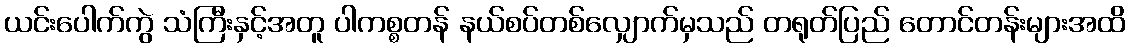
ယင်းပေါက်ကွဲ သံကြီးနှင့်အတူ ပါကစ္စတန် နယ်စပ်တစ်လျှောက်မှသည် တရုတ်ပြည် တောင်တန်းများအထိ